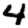
Digit: 4